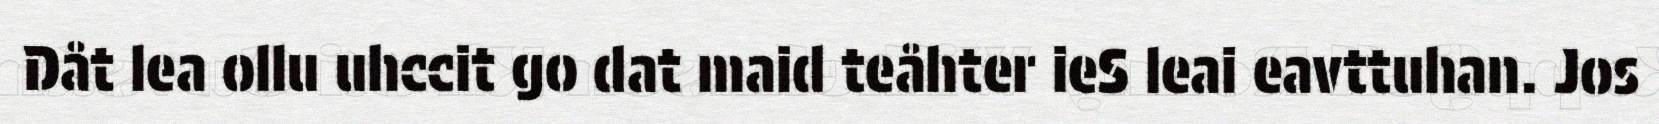
Dåt lea ollu uhccit go dat maid teåhter ieS leai eavttuhan. Jos